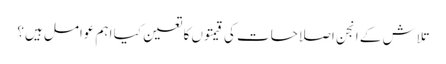
تلاش کے انجن اصلاحات کی قیمتوں کا تعین کیا اہم عوامل ہیں؟